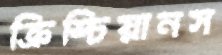
ক্রিশ্চিয়ানস